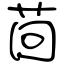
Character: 茴